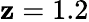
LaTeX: \mathbf{z}=1.2